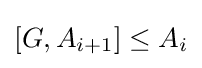
[G,A_{i+1}]\leq A_{i}